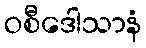
ဝစီဒေါသာနံ